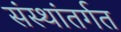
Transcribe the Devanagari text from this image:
संस्थांतर्गत